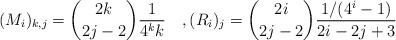
LaTeX: \begin{align*}(M_i)_{k,j} = \binom{2 k}{2 j-2}\frac{1}{4^k k} \quad,(R_i)_j = \binom{2i}{2j-2}\frac{1/(4^i-1)}{2i-2j+3}\end{align*}